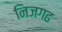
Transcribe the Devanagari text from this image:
निजगढ